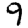
Digit: 9